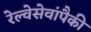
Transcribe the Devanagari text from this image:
रेल्वेसेवांपैकी